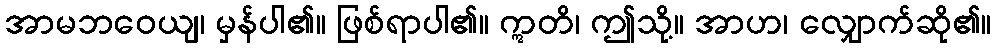
အာမဘဝေယျ၊ မှန်ပါ၏။ ဖြစ်ရာပါ၏။ ဣတိ၊ ဤသို့။ အာဟ၊ လျှောက်ဆို၏။